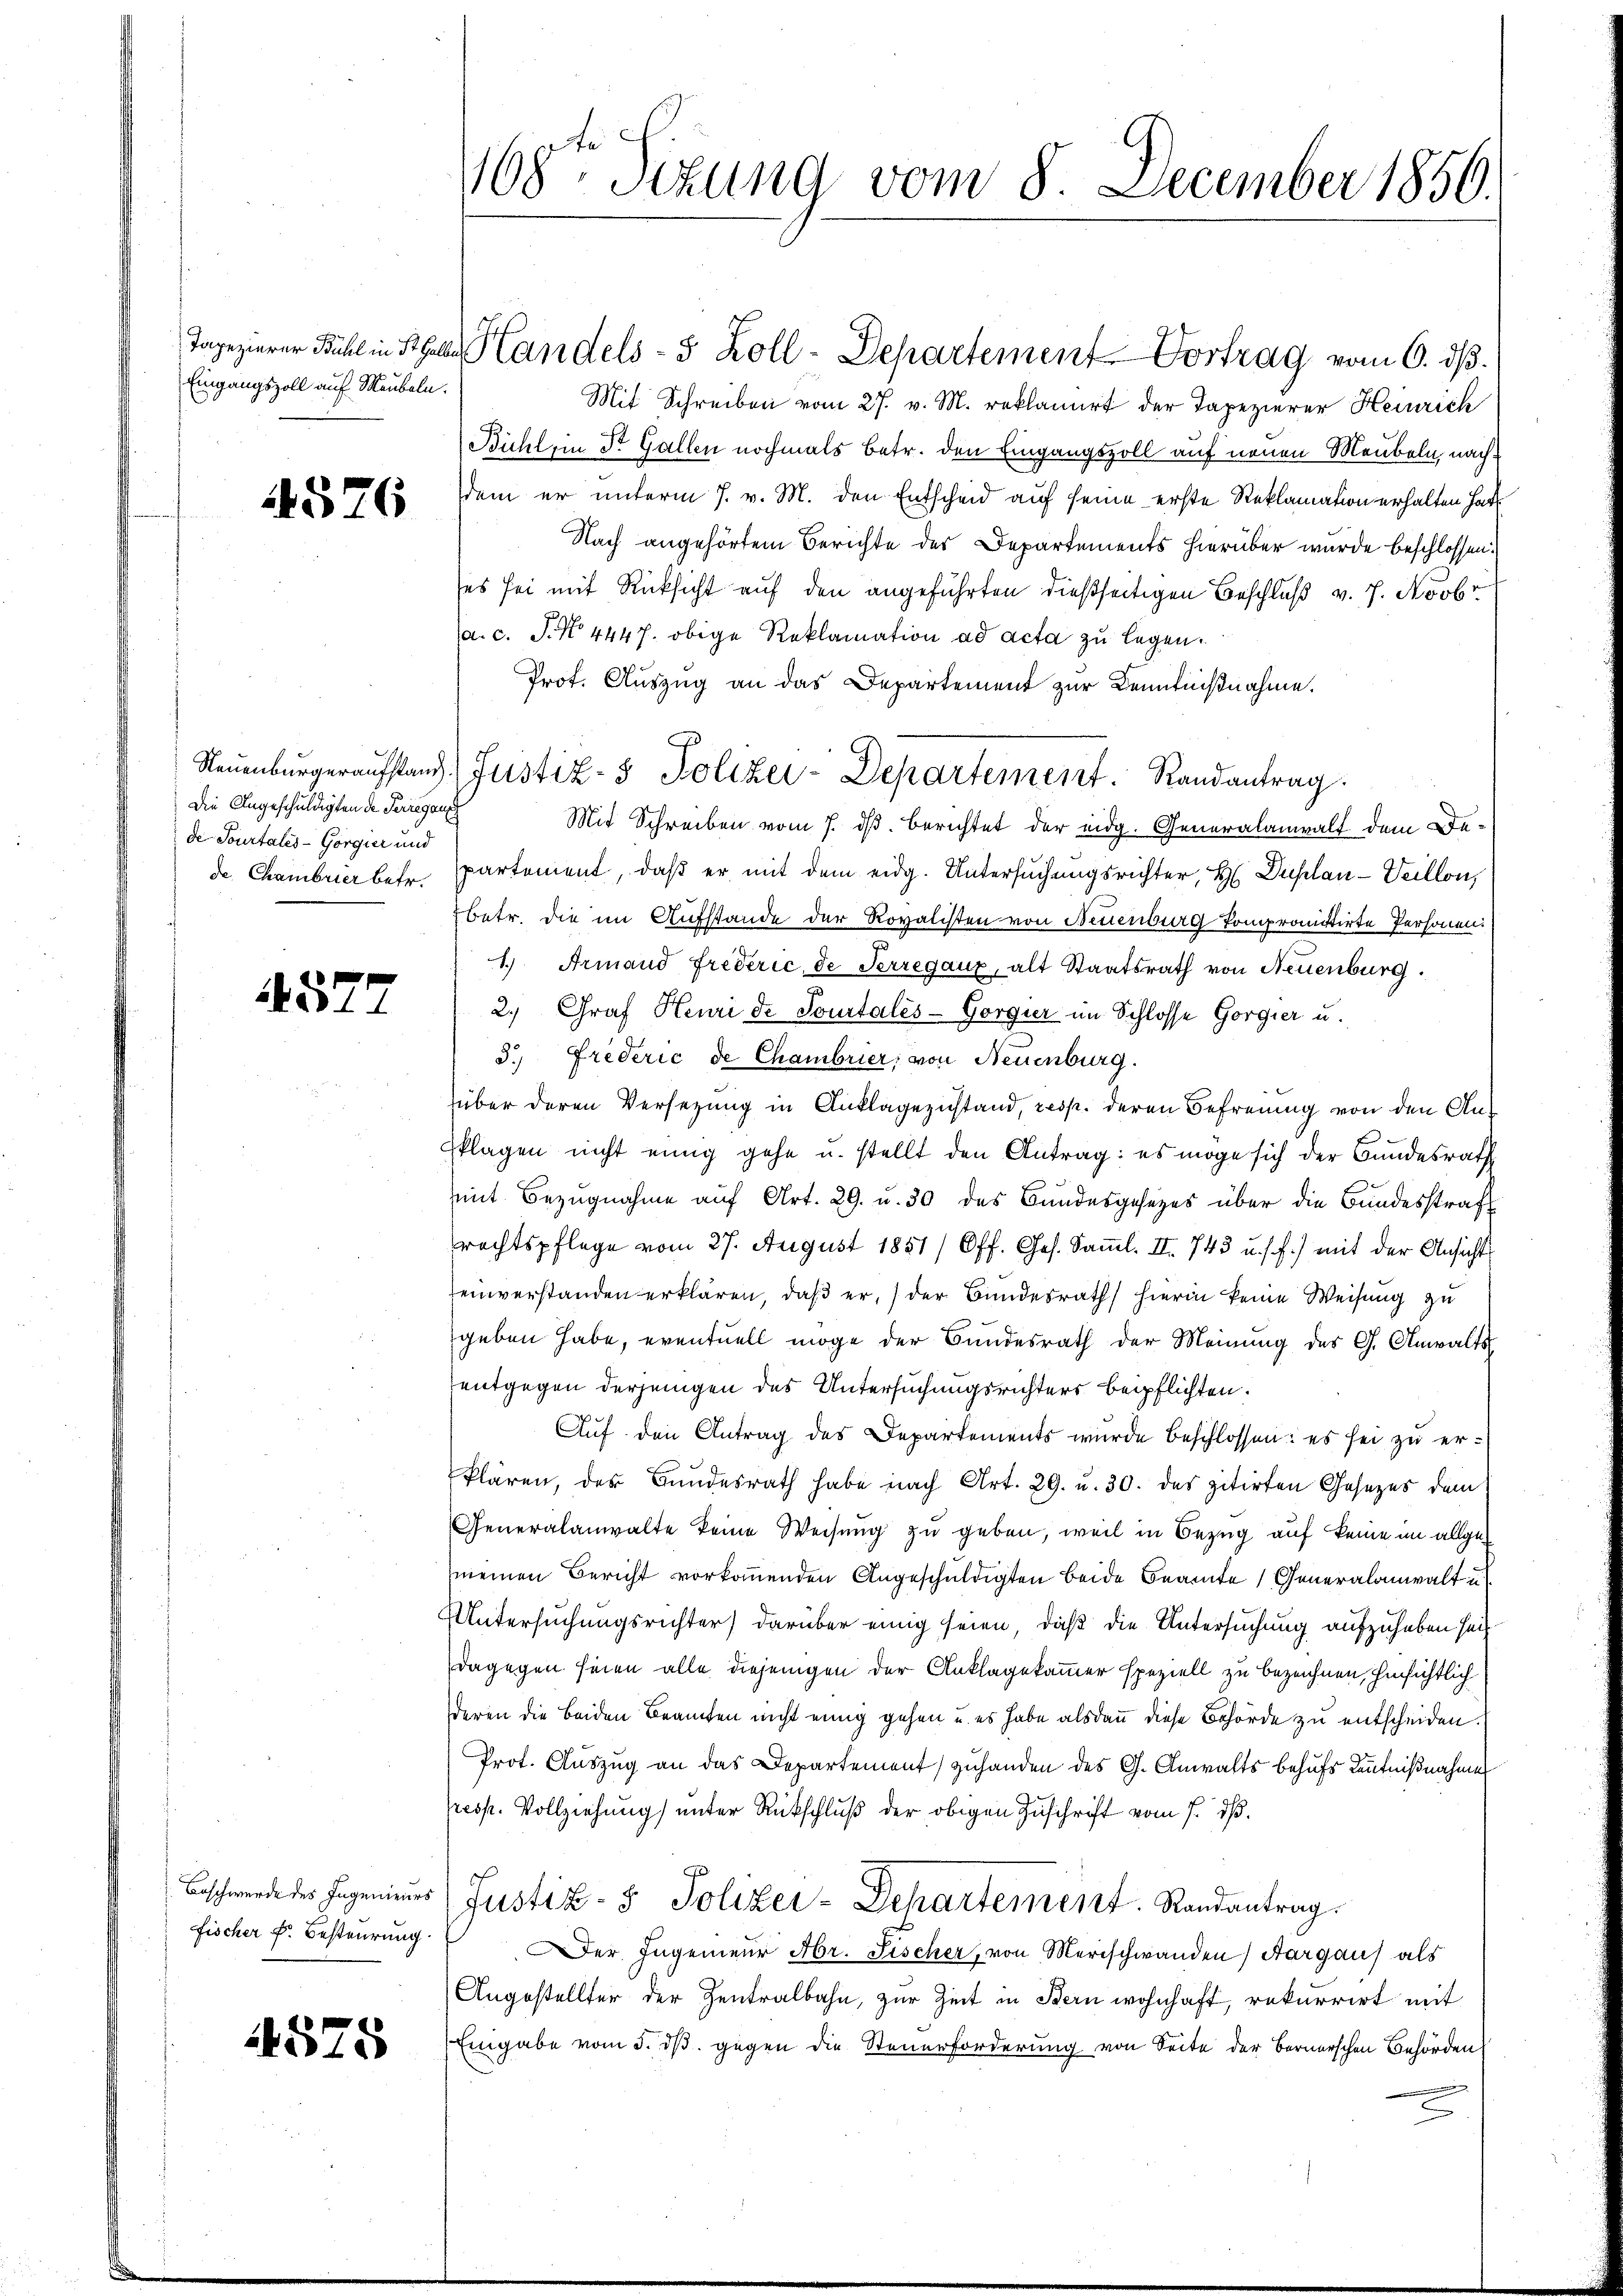
Eingangszoll auf Meubeln.

1576

Die Angeschuldigten de Perregau
de Sourtales-Gorgier und

4527

Beschwerde des Ingenieurs
Fischer f. Besteurung.

4575

168ten Sizung vom 8. December 1850.

Tapezierer Bühl in Spar Handels- 5 Zoll-Departement Vortrag vom 6. dβ.
Mit Schreiben vom 27. v. M. reklamirt der Tapezierer Heinrich
Bichlein St. Gallen nochmals betr. den Eingangsvoll auf neuen Meubeln, nachsdem er unterm 7. v. M. den Entscheid auf seine erste Reklamation erhalten hatt
Nach angehörtem Berichte des Departements hierüber wurde beschlossen
ses sei mit Rücksicht auf den angeführten dießseitigen Beschluß v. 7. Novbr
a. c. S. N. 4447. obige Reklamation ad acta zu legen.
Prot. Auszug an das Departement zur Kenntnißnahme.
Mit Schreiben vom 7. ds. berichtet der eidg. Generalanwalt dem Dede Chambrier betr. Partement, daß er mit dem eidg. Untersuchungsrichter, H. Duplan -Veillon,
betr. die im Aufstande der Rovalisten von Neuenburg kompromitirte Personen:
1.) Armand Freverić, de Perregaux, alt Staatsrath von Neuenburg.
2. Graf Heuri de Somitales-Gorgier im Schlosse Gorgier u.
3.) Frederić de Chambrier, von Neuenburg.
über deren Versezung in Anklagezustand, resp. deren Befreung von den Ansklagen nicht einig gehe u. stellt den Antrag: es möge sich der Bundesrath
mmit Bezugnahme auf Art. 29. u. 30 des Bundesgesezes über die Bundesstraf
rechtspflege vom 27. August 1851) Off. Ges. Saṁl. II. 743 u. s. f.) mit der Ansicht
einverstanden erklären, daß er, der Bundesrath hierin keine Weisung zu
geben habe, eventuell möge der Bundesrath der Meinung des G. Anwalts
entgegen derjenigen des Untersuchungsrichters beipflichten.
Auf den Antrag des Departements wurde beschlossen: es sei zu erklären, des Bundesrath habe nach Art. 29. u. 30. des zitirten Gesetzes dem
Generalanwalte keine Weisung zu geben, weil in Bezug auf keine im allgemeinen Bericht vorkommenden Angeschuldigten beide Beamte Generalanwalt u
Untersuchungsrichter darüber einig seien, daß die Untersuchung aufzuheben seit
dagegen seien alle diejenigen der Anklagekammer speziell zu bezeichnen, hinsichtlich
deren die beiden Beamten nicht einig gehen u. es habe alsdann diese Behörde zu entscheiden.
Prot. Auszug an das Departement zuhanden des G. Anwalts behufs Kenntnißnahme
presp. Vollziehung) unter Rückschluß der obigen Zuschrift vom 7. ds.
Justiz- & Polizei-Departement. Randantrag.
Der Ingenieur Abr. Fischer, von Merischwanden, Aargaus als
Angestellter der Zentralbahn, zur Zeit in Bern wohnhaft, rekurrirt mit
Eingabe vom 5. dβ gegen die Steuerforderung von Seite der Bernerschen Behörden

Neŭenbürgeraufstand Justiz- & Polizei-Departement. Randantrag